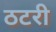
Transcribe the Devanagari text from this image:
ठटरी